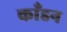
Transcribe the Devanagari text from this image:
काँडन